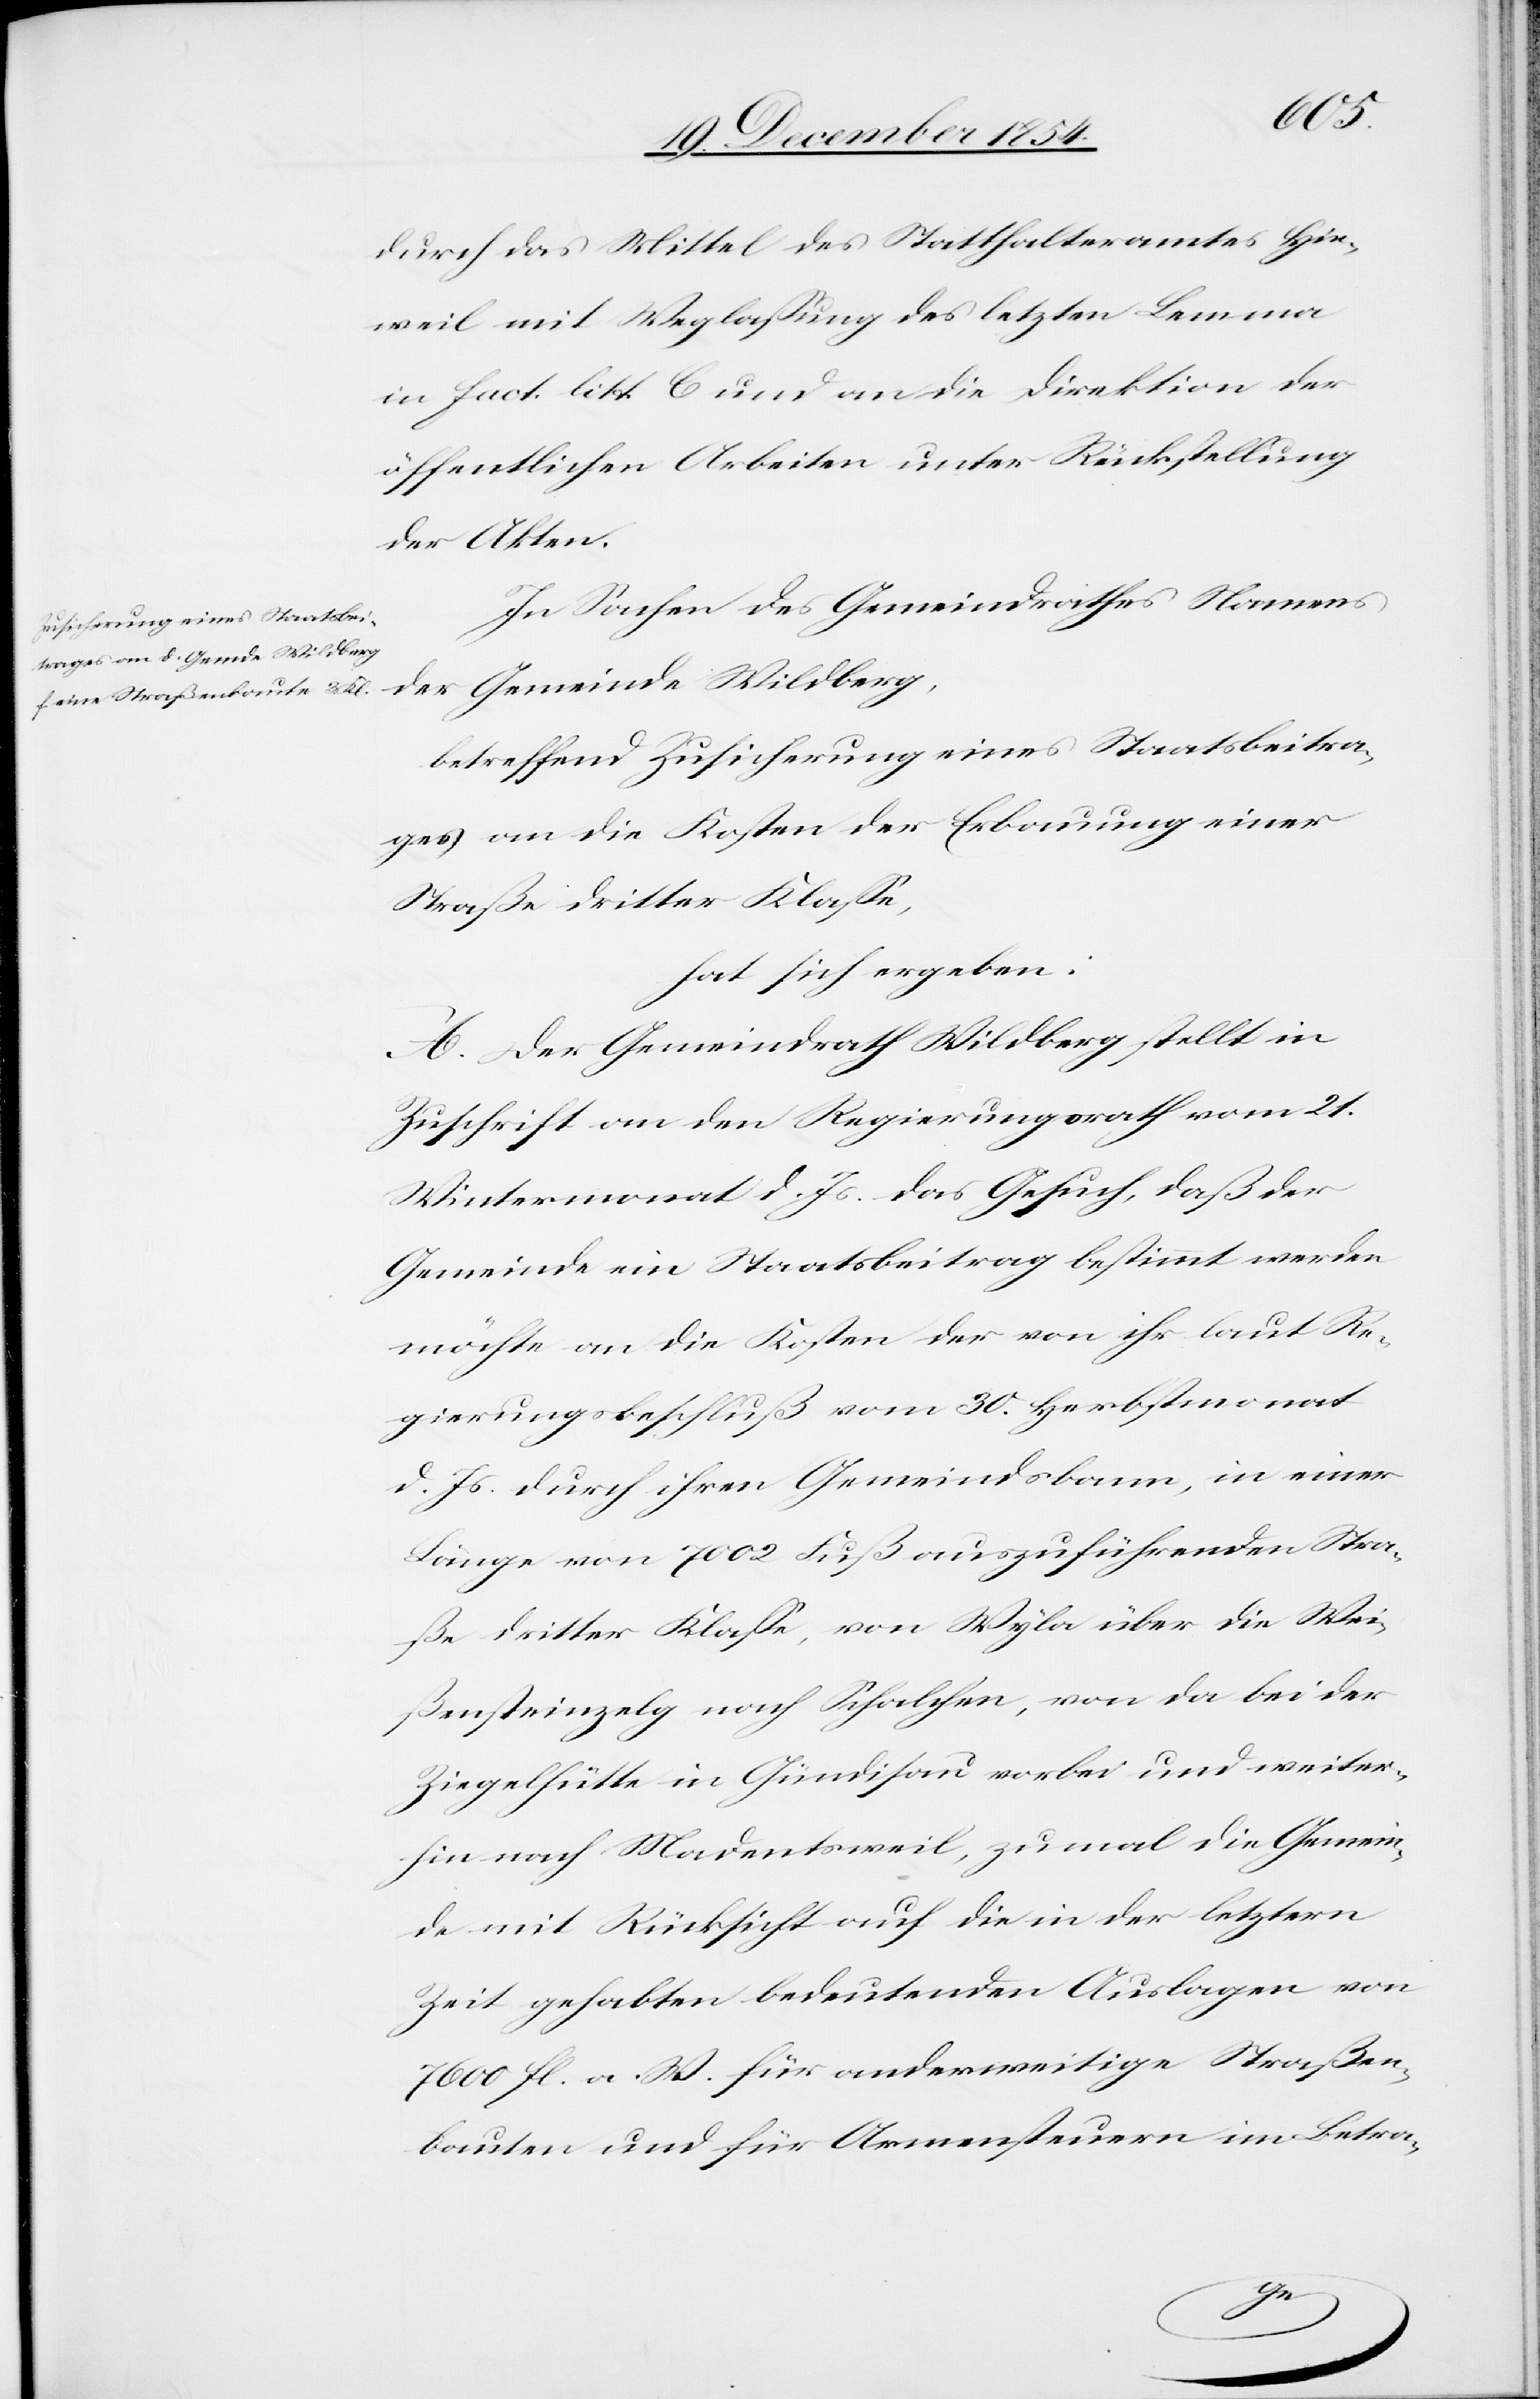
durch das Mittel des Statthalteramtes Hin¬
weil mit Weglaßung des letzten Lemma
in fact. litt. C und an die Direktion der
öffentlichen Arbeiten unter Rückstellung
der Akten.
In Sachen des Gemeindrathes Namens
der Gemeinde Wildberg,
betreffend Zusicherung eines Staatsbeitra¬
ges an die Kosten der Erbauung einer
Straße dritter Klaße,
hat sich ergeben:
A. Der Gemeindrath Wildberg stellt in
Zuschrift an den Regierungsrath vom 21.
Wintermonat d. Js. das Gesuch, daß der
Gemeinde ein Staatsbeitrag bestimmt werden
möchte an die Kosten der von ihr laut Re¬
gierungsbeschluß vom 30. Herbstmonat
d. Js. durch ihren Gemeindsbann, in einer
Länge von 7002 Fuß auszuführende Stra¬
ße dritter Klaße, von Wyla über die Wei¬
ßensteinzelg nach Schalchen, von da bei der
Ziegelhütte in Gündisau vorbei und weiter¬
hin nach Madentsweil [sic!], zumal die Gemein¬
de mit Rücksicht auf die in der letztern
Zeit gehabten bedeutenden Auslagen von
7600 fl. a. W. für anderweitige Straßen¬
bauten und für Armensteuern im Betra-